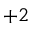
^ { + 2 }